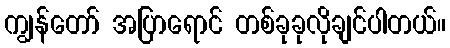
ကျွန်တော် အပြာရောင် တစ်ခုခုလိုချင်ပါတယ်။